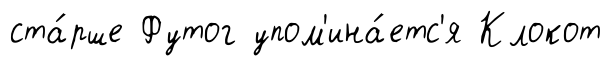
ста́рше Футог упом'ина́етс'я Клокот